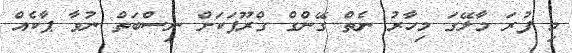
މި ފުރަ މާލޭގަ މިހާރު ނެތް ގޭންގް ގްރޫޕަކަށް ނިސްބަތް ނުވާ ޕާކެއް